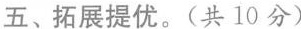
五、拓展提优。（共10分）